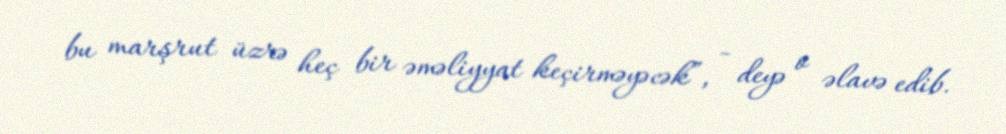
bu marşrut üzrə heç bir əməliyyat keçirməyəcək”, - deyə o əlavə edib.